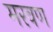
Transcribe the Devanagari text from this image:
मरवण